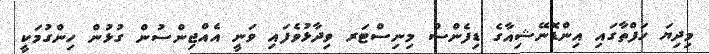
މިދިޔަ ހަފްތާގައި އިންޑޮނޭޝިއާގެ ޑިފެންސް މިނިސްޓަރ ވިދާޅުވެފައި ވަނީ އެއްޖިންސުން ގުޅުން ހިންގުމަކީ